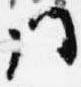
門